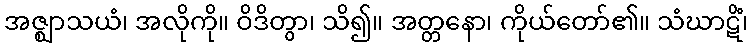
အဇ္ဈာသယံ၊ အလိုကို။ ဝိဒိတွာ၊ သိ၍။ အတ္တနော၊ ကိုယ်တော်၏။ သံဃာဋိံ၊